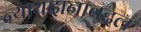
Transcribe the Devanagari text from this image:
न्यायदानाबद्दल